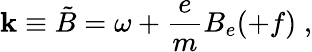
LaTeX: \mathbf{k}\equiv\tilde{{B}}=\omega+\frac{{e}}{{m}}B_{e}(+f)\; ,